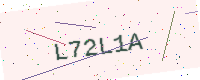
Text: L72L1A